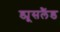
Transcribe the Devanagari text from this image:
ड्यूसलैंड